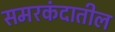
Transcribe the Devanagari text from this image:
समरकंदातील